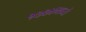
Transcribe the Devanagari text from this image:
१७७४मध्ये